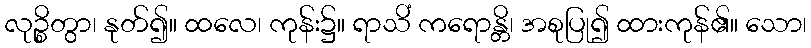
လုဉ္စိတွာ၊ နုတ်၍။ ထလေ၊ ကုန်း၌။ ရာသိံ ကရောန္တိ၊ အစုပြု၍ ထားကုန်၏။ သော၊